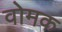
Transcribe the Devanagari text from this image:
वोमक